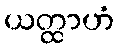
ယတ္ထာဟံ